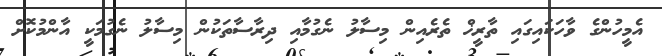
އެމީހުންގެ ވާހަކައިގައި ތާރީޚް ތެރެއިން މިސާލު ނެގުމާއި ދިރާސާތަކުން މިސާލު ނެގުމަކީ އާންމުކޮށް